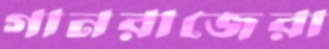
গানরাজেরা